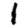
Digit: 1